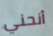
أنحني